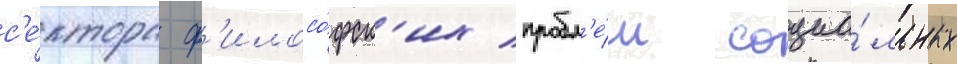
с'е́ктора ф'илосо́фск'их пробл'е́м социа́льных